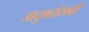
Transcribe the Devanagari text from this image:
जादुगरांसाठी